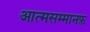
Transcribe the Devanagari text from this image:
आत्मसम्मानफ़